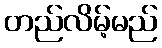
တည်လိမ့်မည်